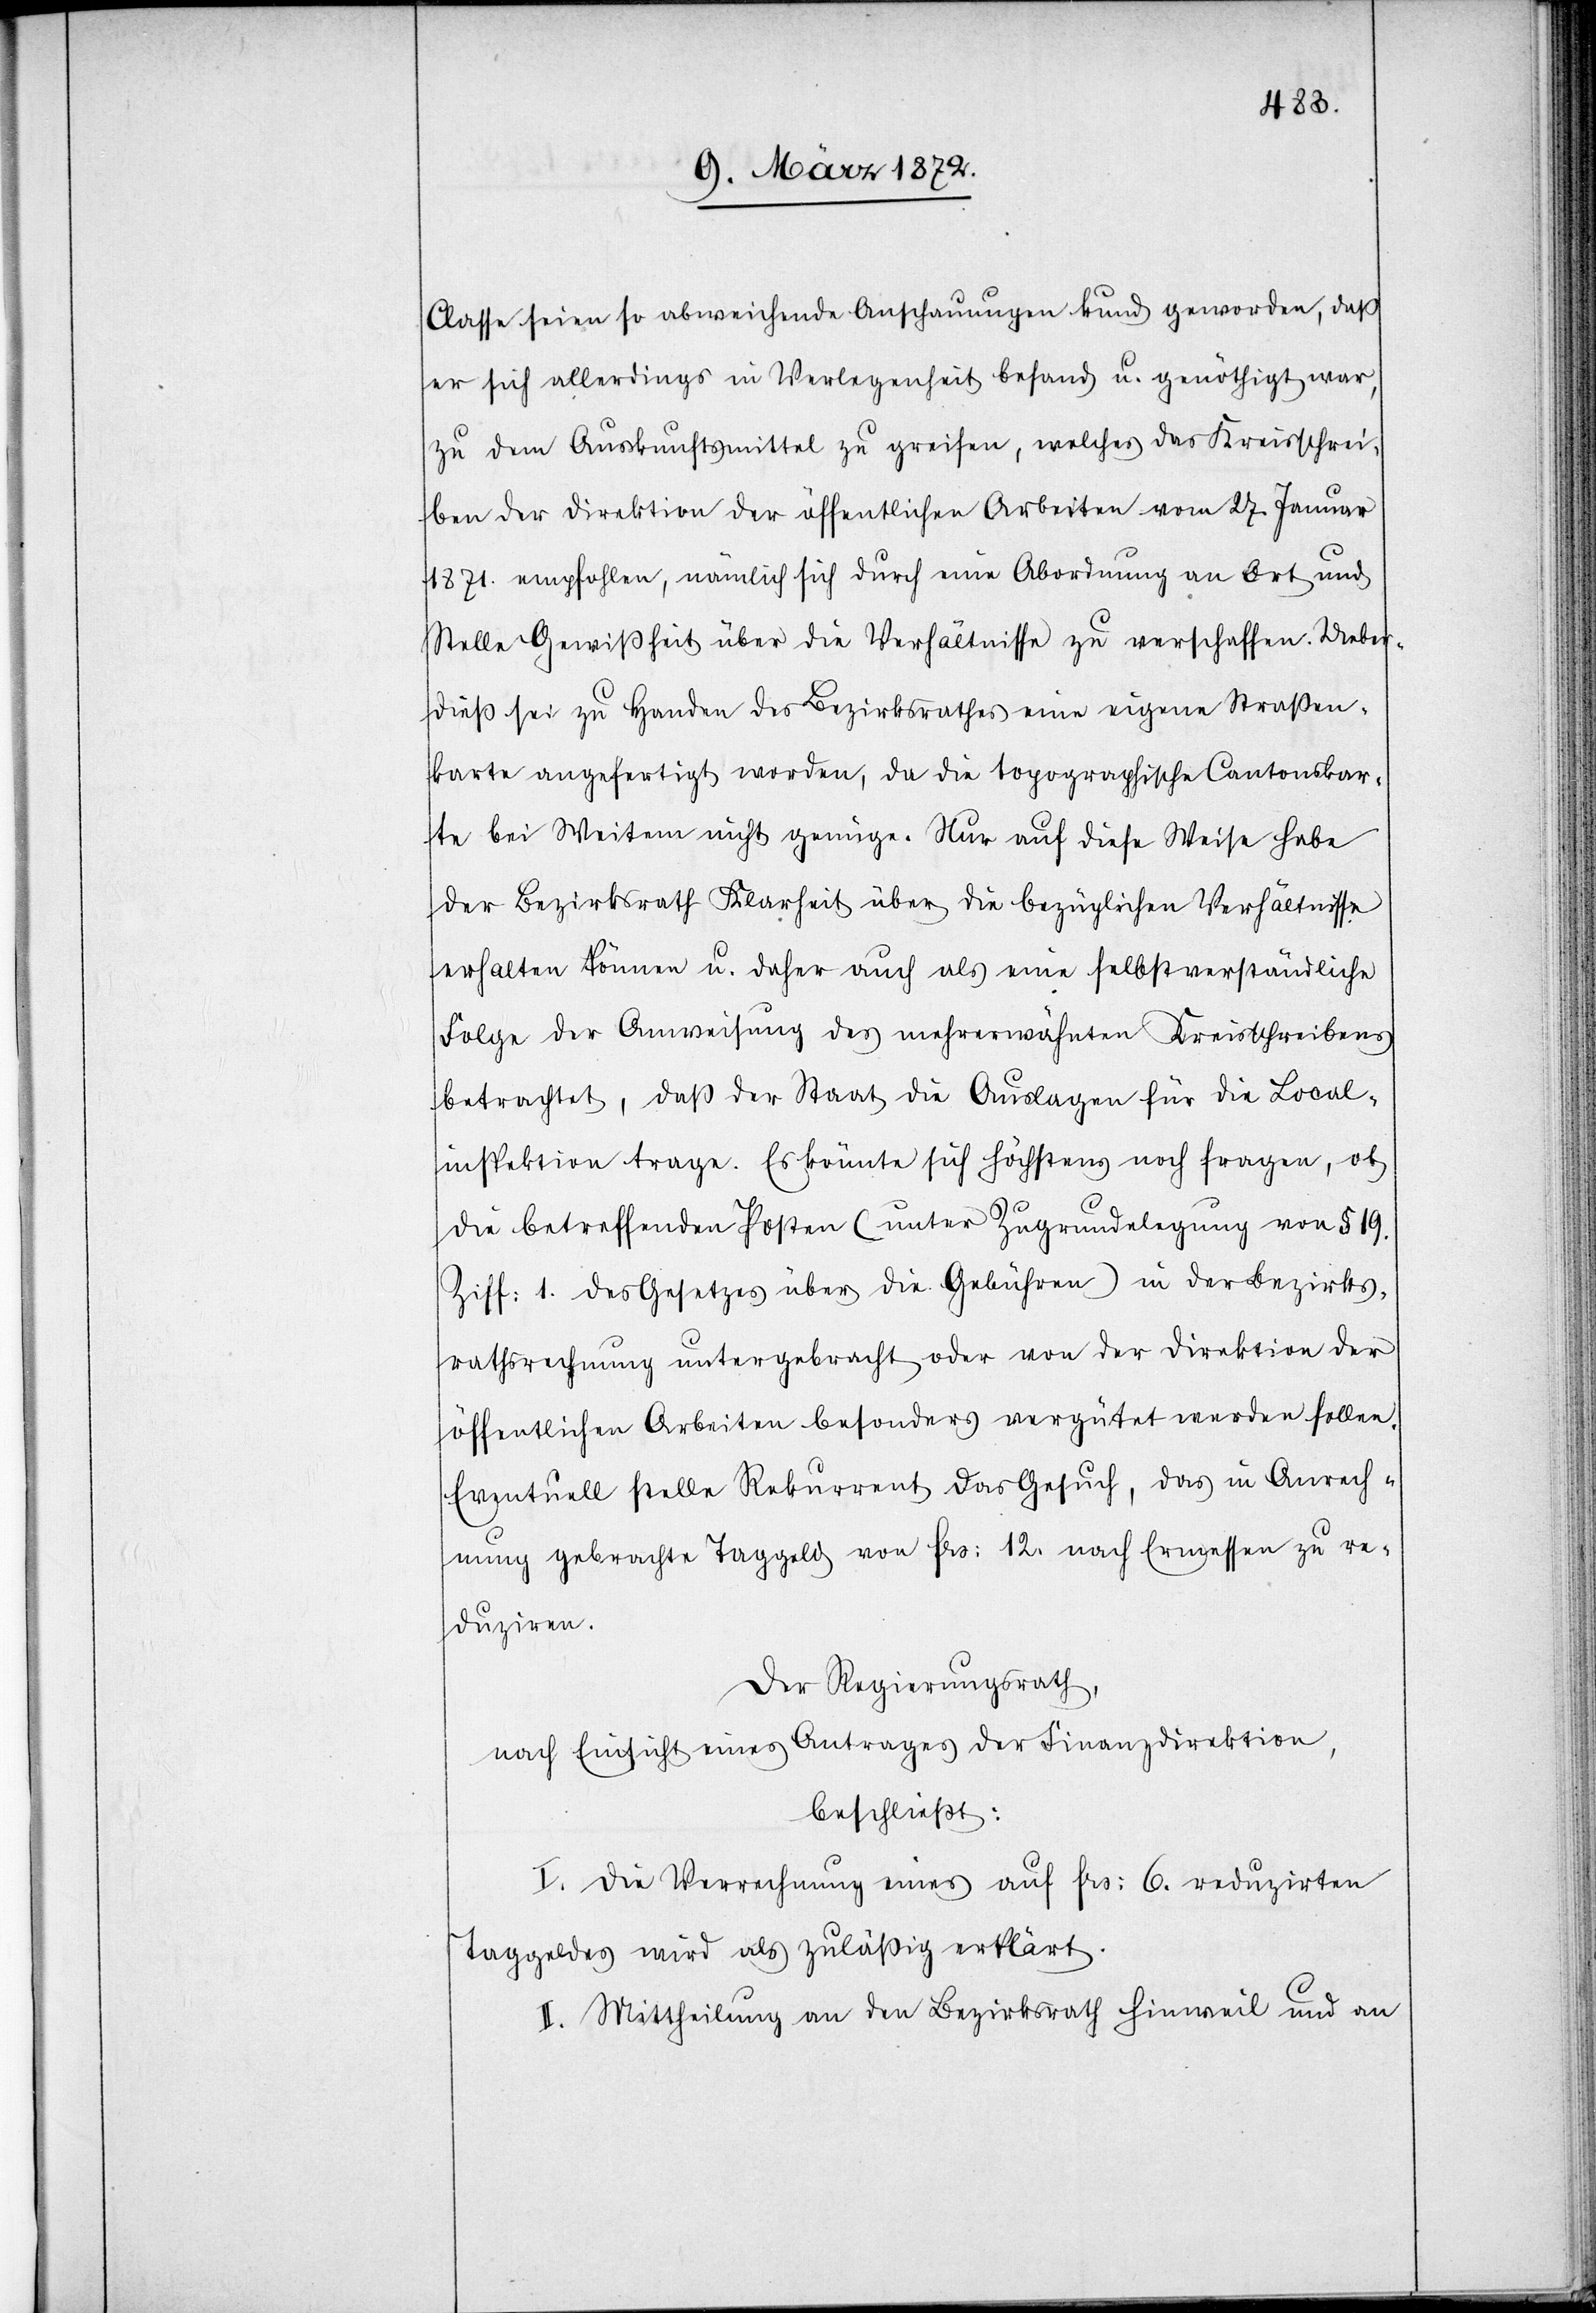
Classe seien so abweichende Anschauungen kund geworden, daß
er sich allerdings in Verlegenheit befand u. genöthigt war,
zu dem Auskunftsmittel zu greifen, welches das Kreisschrei¬
ben der Direktion der öffentlichen Arbeiten vom 27. Januar
1871. empfohlen, nämlich sich durch eine Abordnung an Ort und
Stelle Gewißheit über die Verhältnisse zu verschaffen. Ueber¬
dieß sei zu Handen des Bezirksrathes eine eigene Straßen¬
karte angefertigt worden, da die topographische Cantonskar¬
te bei Weitem nicht genüge. Nur auf diese Weise habe
der Bezirksrath Klarheit über die bezüglichen Verhältnisse
erhalten können u. daher auch als eine selbstverständliche
Folge der Anweisung des mehrerwähnten Kreisschreibens
betrachtet, daß der Staat die Auslagen für die Local¬
inspektion trage. Es könnte sich höchstens noch fragen, ob
die betreffenden Posten (unter Zugrundelegung von § 19.
Ziff. 1. des Gesetzes über Gebühren) in der Bezirks¬
rathsrechnung untergebracht oder von der Direktion der
öffentlichen Arbeiten besonders vergütet werden sollen.
Eventuell stelle Rekurrent das Gesuch, das in Anrech¬
nung gebrachte Taggeld von frs: 12. nach Ermessen zu re¬
duziren.
Der Regierungsrath,
nach Einsicht eines Antrages der Finanzdirektion,
beschließt:
I. Die Verrechnung eines auf frs: 6. reduzirten
Taggeldes wird als zuläßig erklärt.
II. Mittheilung an den Bezirksrath Hinweil und an